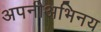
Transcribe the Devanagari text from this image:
अपनीअभिनय